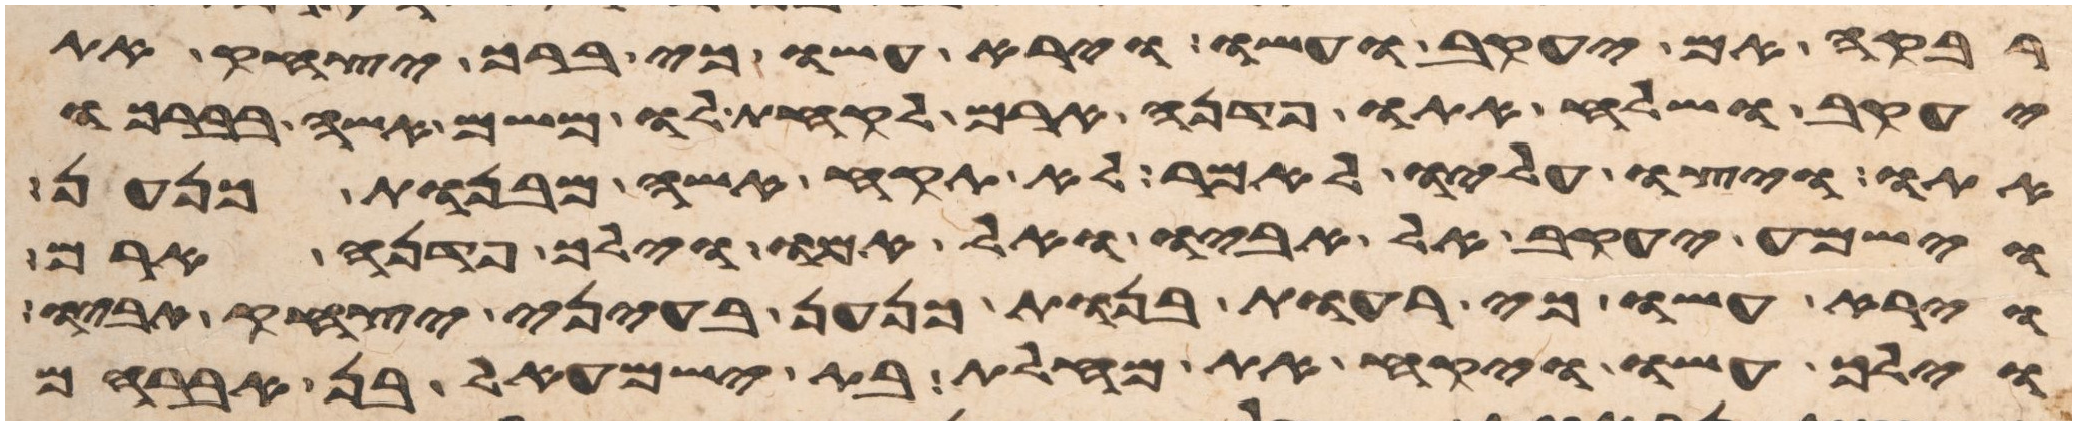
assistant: רבקה אם יעקב ועשו וירא עשו כי ברך יצחק את
יעקב ושלח אתו פדנה ארם לקחת לו משם אשה בברכו
אתו ויצוו עליו לאמר לא תקח אשה מבנות כנען
וישמע יעקב אל אביו ואל אמו וילך פדנה ארם
וירא עשו כי רעות בנות כנען בעיני יצחק אביו
וילך עשו ויקח את מחלת בת ישמעאל בן אברהם